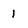
Character: 1